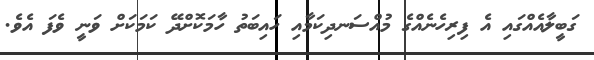
ގަބީލާއެއްގައި އެ ފިރިހެނެއްގެ މުއްސަނދިކަމާއި ހައިބަތު ހާމަކޮށްދޭ ކަމަކަށް ވަނީ ވެފަ އެވެ.